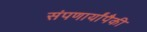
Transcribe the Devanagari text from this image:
संपणार्यांपैकी